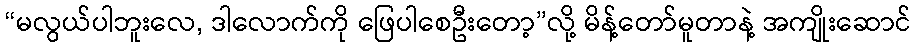
“မလွယ်ပါဘူးလေ, ဒါလောက်ကို ဖြေပါစေဦးတော့”လို့ မိန့်တော်မူတာနဲ့ အကျိုးဆောင်